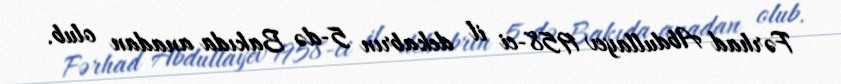
Fərhad Abdullayev 1958-ci il dekabrın 5-də Bakıda anadan olub.